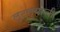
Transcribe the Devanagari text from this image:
लुटल्याची